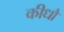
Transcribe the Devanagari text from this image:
कीधौं